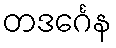
တဒင်္ဂေန